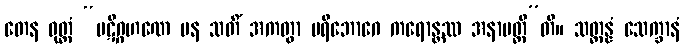
တေန ဝုတ္တံ “ပဋိဂ္ဂဟဏေ ပန သတိံ အကတွာ ပရိဘောဂေ ကရောန္တဿ အနာပတ္တီ”တိ။ သတ္တန္နံ သေက္ခာနံ